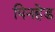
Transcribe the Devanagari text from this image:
पिनहेड